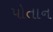
પોતાન